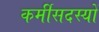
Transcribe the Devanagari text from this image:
कर्मीसदस्यों